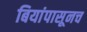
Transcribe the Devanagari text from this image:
बियांपासूनच